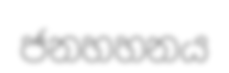
ජනහහනය